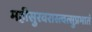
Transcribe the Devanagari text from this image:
महीसुरवरास्त्वत्सुप्रभातं